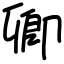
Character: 卿